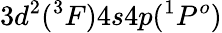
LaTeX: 3d^{2}(^{3}F)4s4p(^{1}P^{o})